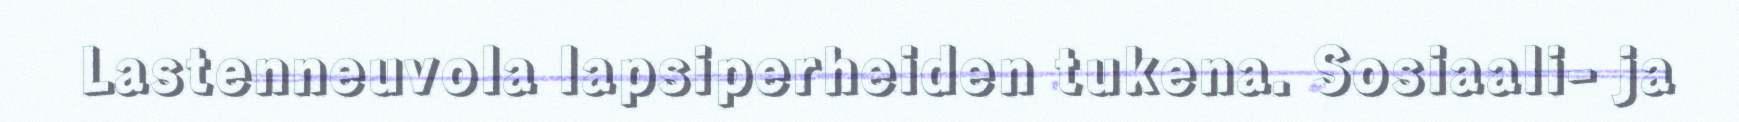
Lastenneuvola lapsiperheiden tukena. Sosiaali- ja